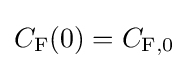
C_{\mathrm {F} }(0)=C_{\mathrm {F} ,0}